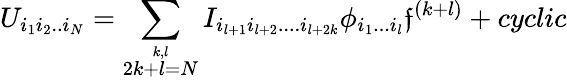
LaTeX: U_{i_{1}i_{2}..i_{N}}=\sum_{\stackrel{k,l}{2k+l=N}}I_{i_{l+1}i_{l+2}....i_{l+2k}}\phi_{i_{1}...i_{l}}\mathfrak{f}^{(k+l)}+cyclic